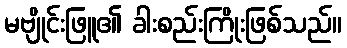
မဗျိုင်းဖြူ၏ ခါးစည်းကြိုးဖြစ်သည်။